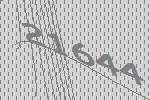
21644